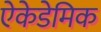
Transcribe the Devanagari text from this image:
ऐकेडेमिक